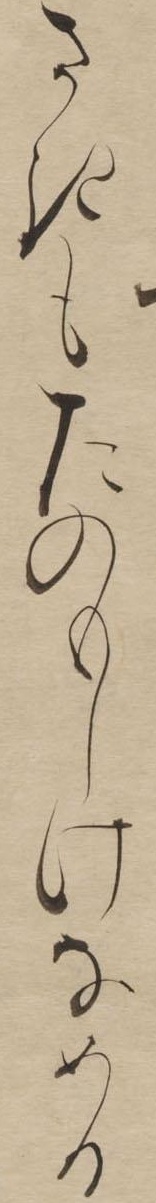
さきもたのもしけなめる